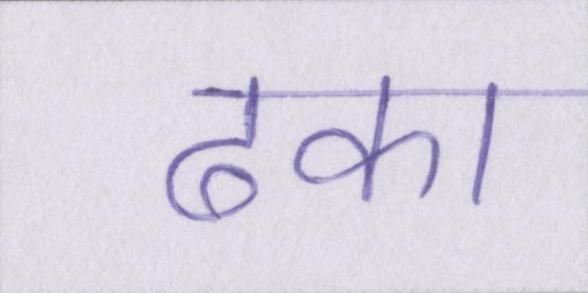
ढका